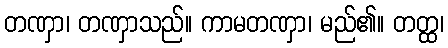
တဏှာ၊ တဏှာသည်။ ကာမတဏှာ၊ မည်၏။ တတ္ထ၊